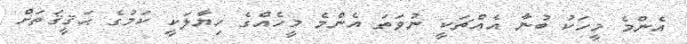
އެންމެ މީހަކު ބުނާ އެއްޗަކީ ނުވަތަ އެންމެ މީހެއްގެ ޚިޔާލަކީ ކަމުގެ ޙަޤީޤަތަށް